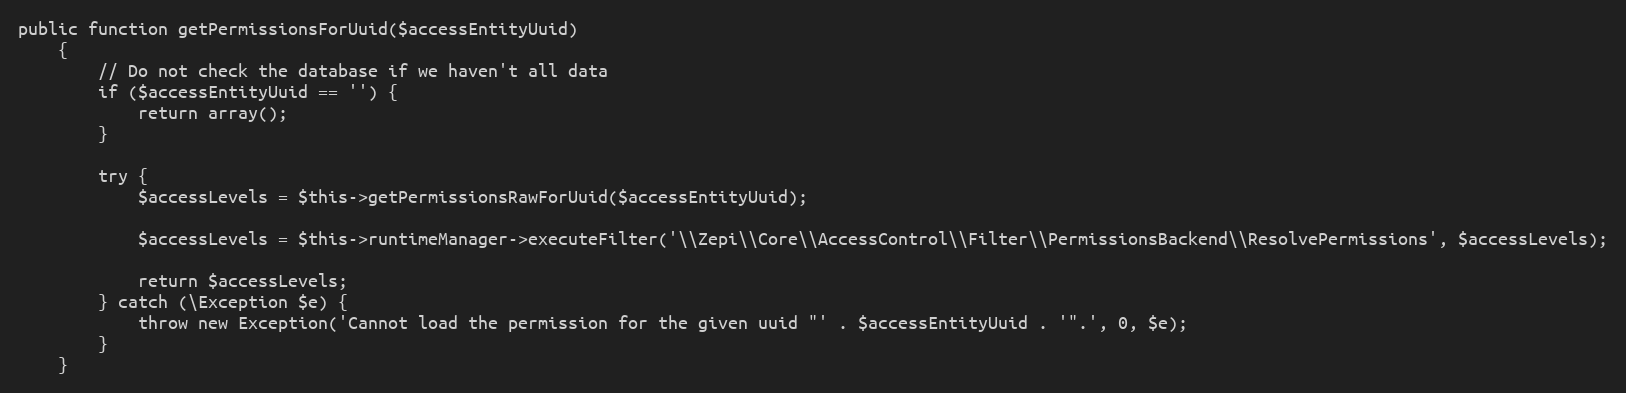
Language: PHP
public function getPermissionsForUuid($accessEntityUuid)
    {
        // Do not check the database if we haven't all data
        if ($accessEntityUuid == '') {
            return array();
        }

        try {
            $accessLevels = $this->getPermissionsRawForUuid($accessEntityUuid);

            $accessLevels = $this->runtimeManager->executeFilter('\\Zepi\\Core\\AccessControl\\Filter\\PermissionsBackend\\ResolvePermissions', $accessLevels);

            return $accessLevels;
        } catch (\Exception $e) {
            throw new Exception('Cannot load the permission for the given uuid "' . $accessEntityUuid . '".', 0, $e);
        }
    }